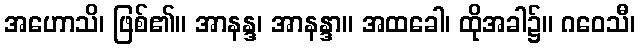
အဟောသိ၊ ဖြစ်၏။ အာနန္ဒ၊ အာနန္ဒာ။ အထခေါ၊ ထိုအခါ၌။ ဂဝေသီ၊